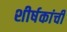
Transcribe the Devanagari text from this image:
शीर्षकांची